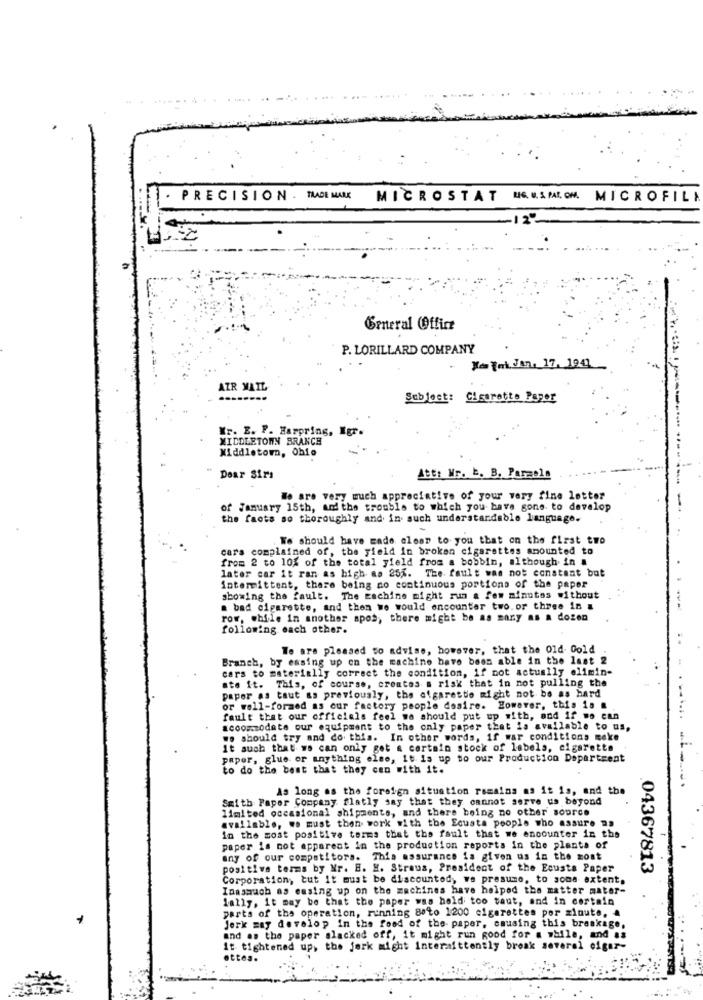
PRECISION . TRADE MARK
MICROSTAT NOUSPALOM MICROFILA
General (Offire
P. LORILLARD COMPANY
Kajak. Jan. 17, 1941
AIR MAIL
Subject: Cigarette Paper
Wr. E. P. Harpring, Mgr.
MIDDLETOWN BRANCH
Middletom, Ohio
....
Dear Sirs
Att: Wr. b. B. Parmela
We are very much appreciative of your very fine letter
of January 15th, and the trouble to which you have gone to develop
the facts so thoroughly and in such understandable language.
We should have made clear to you that on the first two
cara complained of, the field in broken cigarettes amounted to
from 2 to 10% of the total yield from a bobbin, although in #
later car it ran as high as 25%. The fault was not constant but
intermittent, there being no continuous portions of the paper
showing the fault. The machine might run a few minutes without
a bad cigarette, and then we would encounter two. or three in a
row, while in another apos, there might be as many as a dozen
following each other.
We are pleased to advise, however, that the Old Gold
..
Branch, by easing up on the machine bave been able in the last 2
cars to materially correct the condition, if not actually elimin-
ate it. This, of course, creates a risk that in not pulling the
paper as taut as previously, the atgarette might not be as hard
or well-formed as our factory people desire. However, this 18 &
fault that our officials feel we should put up with, and if wo can
accommodate our equipment to the only paper that is available to us,
we should try and do this. In other words, if war conditions meke
it such that we can only get a certain stock of labels, cigaretta
paper, glue or anything else, it is up to our Production Department
to do the best that they can with it.
-------
As long as the foreign situation remains as it is, and the
Smith Paper Company flatly say that they cannot serve us beyond
limited occasional shipments, and there being no other source
available, we must then work with the Ecusta people who assure as
in the most positive terms that the fault that we encounter in the
1
paper is not apparent in the production reports in the plants of
any of our competitors. This assurance is given us in the most
positive terms by Mr. B. H. Straus, President of the Ecusta Paper
04367813
Corporation, but It must be discounted, we presume, to some extent,
Inasmuch as easing up on the machines have helped the matter mater-
1ally, it may be that the paper was held too taut, and in certain
parts of the operation, running 80to 1200 cigarettes por minute. .
Jerk may develop in the food of the paper, causing this breakage,
and as the paper slacked off, it might run good for a while, and as
it tightened up, the jerk might intermittently break several cigar-
ettes.